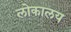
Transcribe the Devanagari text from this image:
लोकालय